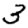
Digit: 3